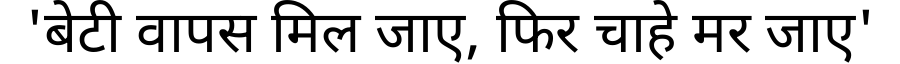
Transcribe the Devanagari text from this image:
'बेटी वापस मिल जाए, फिर चाहे मर जाए'